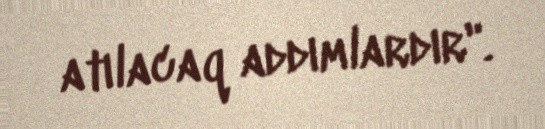
atılacaq addımlardır".